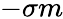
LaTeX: -\sigma m